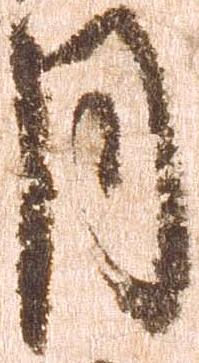
月